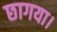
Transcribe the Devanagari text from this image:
छागया।